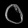
Digit: ၀